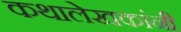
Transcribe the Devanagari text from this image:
कथालेखकांनी